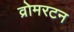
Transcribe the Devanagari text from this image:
व्रोमरटन